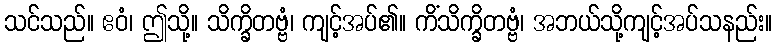
သင်သည်။ ဧဝံ၊ ဤသို့။ သိက္ခိတဗ္ဗံ၊ ကျင့်အပ်၏။ ကိံသိက္ခိတဗ္ဗံ၊ အဘယ်သို့ကျင့်အပ်သနည်း။